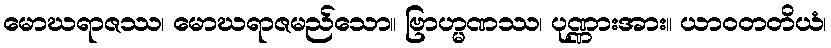
မောဃရာဇဿ၊ မောဃရာဇမည်သော။ ဗြာဟ္မဏဿ၊ ပုဏ္ဏားအား။ ယာဝတတိယံ၊